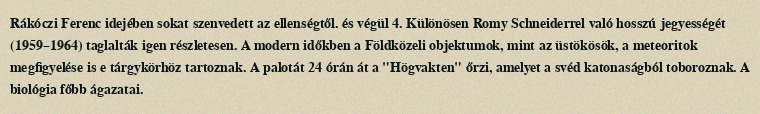
Rákóczi Ferenc idejében sokat szenvedett az ellenségtől. és végül 4. Különösen Romy Schneiderrel való hosszú jegyességét (1959–1964) taglalták igen részletesen. A modern időkben a Földközeli objektumok, mint az üstökösök, a meteoritok megfigyelése is e tárgykörhöz tartoznak. A palotát 24 órán át a "Högvakten" őrzi, amelyet a svéd katonaságból toboroznak. A biológia főbb ágazatai.